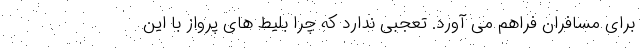
برای مسافران فراهم می آورد. تعجبی ندارد که چرا بلیط های پرواز با این